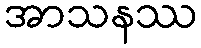
အာသနဿ